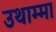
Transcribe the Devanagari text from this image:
उथाम्मा